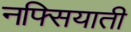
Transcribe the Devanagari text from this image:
नफ्सियाती